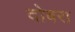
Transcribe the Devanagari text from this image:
दोबरा